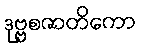
ဒုဗ္ဗစဇာတိကော